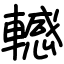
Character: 轗